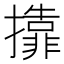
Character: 𱡇